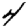
Digit: 4